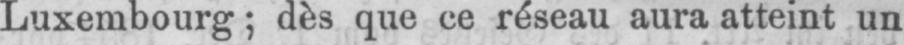
Luxembourg; dès que ce réseau aura atteint un